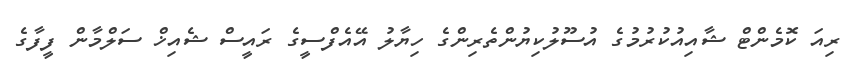
ރިއަ ކޮމެންޓް ޝާއިއުކުރުމުގެ އުސޫލުކިޔުންތެރިންގެ ހިޔާލު އޭއެފްސީގެ ރައީސް ޝެއިޚް ސަލްމާން ފީފާގެ